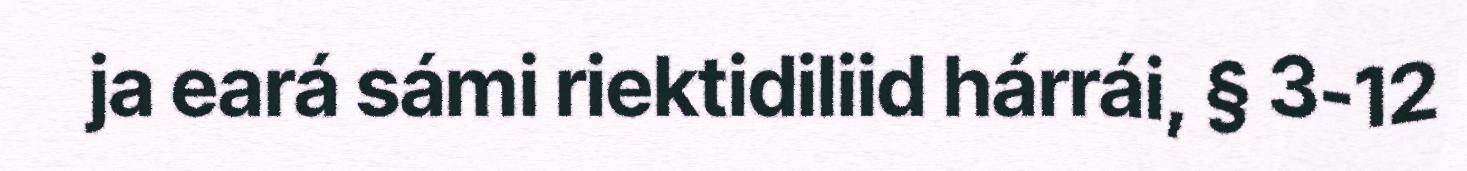
ja eará sámi riektidiliid hárrái, § 3-12